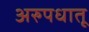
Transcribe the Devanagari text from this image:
अरुपधातू